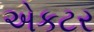
એકટર